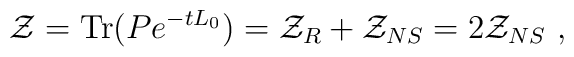
{\cal Z}=\mathrm{Tr}( P e^{-tL_0})={\cal Z}_R+{\cal Z}_{NS}=2{\cal Z}_{NS}\ ,